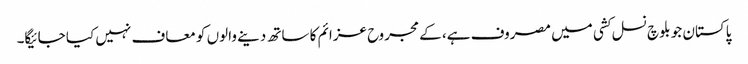
پاکستان جو بلوچ نسل کشی میں مصروف ہے، کے مجروح عزائم کا ساتھ دینے والوں کو معاف نہیں کیا جائیگا۔